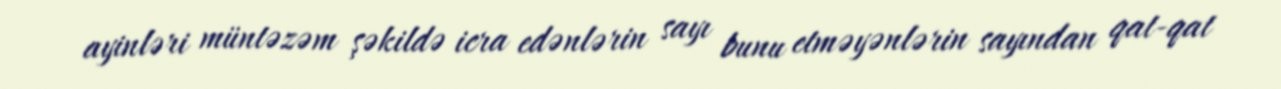
ayinləri müntəzəm şəkildə icra edənlərin sayı bunu etməyənlərin sayından qat-qat